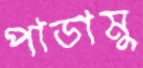
পাডামু